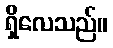
ရှိလေသည်။